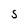
Character: S